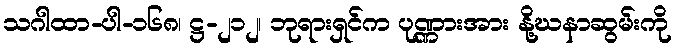
သဂါထာ-ပါ-၁၆၈၊ ဋ္ဌ-၂၁၂၊ ဘုရားရှင်က ပုဏ္ဏားအား နို့ဃနာဆွမ်းကို